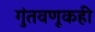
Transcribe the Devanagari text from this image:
गुंतवणूकही